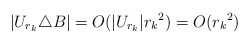
\begin{align*} |U_{r_k} \triangle B| = O(|U_{r_k}| {r_k}^2) =O({r_k}^2) \end{align*}